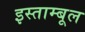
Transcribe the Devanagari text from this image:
इस्ताम्बूल